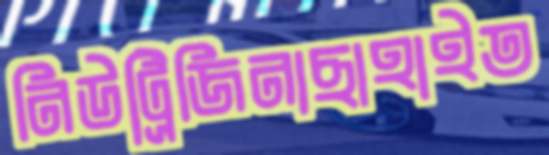
নিউট্রিজিনাছাহাইত